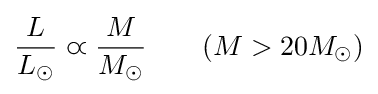
{\frac {L}{L_{\odot }}}\varpropto {\frac {M}{M_{\odot }}}\qquad (M>20M_{\odot })